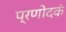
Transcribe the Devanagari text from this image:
प्रणोदकं